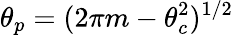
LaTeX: \theta_{p}=(2\pi m-\theta_{c}^{2})^{1/2}